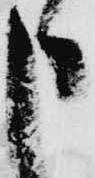
申